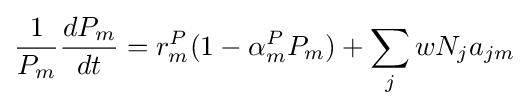
{\frac {1}{P_{m}}}{\frac {dP_{m}}{dt}}=r_{m}^{P}(1-\alpha _{m}^{P}P_{m})+\sum _{j}wN_{j}a_{jm}